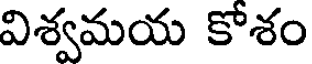
విశ్వమయ కోశం